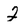
Character: 2